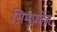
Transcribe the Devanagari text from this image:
सिमफ्नीज़